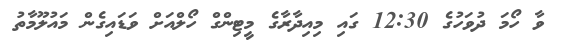
ވާ ހޯމަ ދުވަހުގެ 12:30 ގައި މިއިދާރާގެ މީޓިންގް ހޯލްއަށް ވަޑައިގެން މައުލޫމާތު